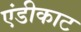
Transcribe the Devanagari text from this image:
एंडीकाट